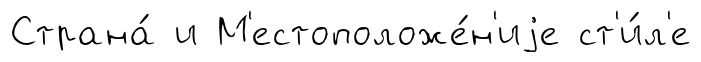
Страна́ и М'естоположе́н'иjе ст'и́л'е